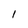
Character: 1